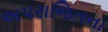
અપરાજિતના